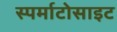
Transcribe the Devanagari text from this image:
स्पर्माटोसाइट